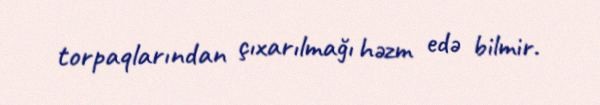
torpaqlarından çıxarılmağı həzm edə bilmir.